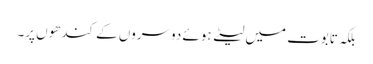
بلکہ تابوت میں لیٹے ہوئے دوسروں کے کندھوں پر۔